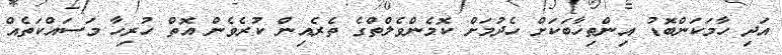
އަދި ހާމަކަންބޮޑު އިންތިޚާބަކަށް ހެދުމަށް ކޮމެންވެލްތްގެ ތެރެއިން ކުރެވެން އޮތް ހުރިހާ މަސައްކަތެއް